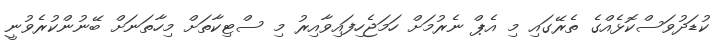
ކުޑަދުވަސްކޮޅެއްގެ ތެރޭގައި މި އެޕް ނެރުމަށް ހަމަޖެހިފައިވާއިރު މި ސްޓިކާތަށް މިހާތަނަށް ބޭނުންކުރެވުނީ